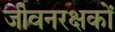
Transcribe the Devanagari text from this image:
जीवनरक्षकों